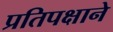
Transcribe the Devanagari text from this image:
प्रतिपक्षाने